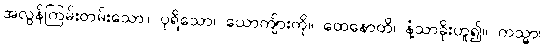
အလွန်ကြမ်းတမ်းသော။ ပုရိသော၊ ယောကျ်ားကို။ ထေနောတိ၊ နံ့သာခိုးဟူ၍။ ကသ္မာ၊